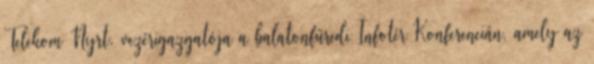
Telekom Nyrt. vezérigazgatója a balatonfüredi Infotér Konferencián, amely az